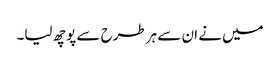
میں نے ان سے ہر طرح سے پوچھ لیا۔